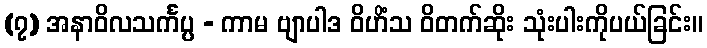
(၇) အနာဝိလသင်္ကပ္ပ - ကာမ ဗျာပါဒ ဝိဟိံသ ဝိတက်ဆိုး သုံးပါးကိုပယ်ခြင်း။